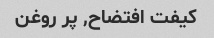
کیفت افتضاح, پر روغن